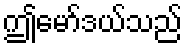
ဤမော်ဒယ်သည်